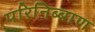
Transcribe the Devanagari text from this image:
परिनिब्बाण